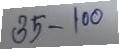
35 - 100